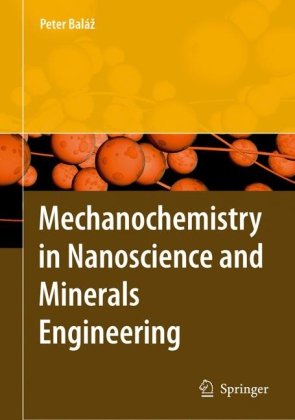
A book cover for Mechanochemistry in Nanoscience and Minerals Engineering; Peter Balaz; Science & Math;